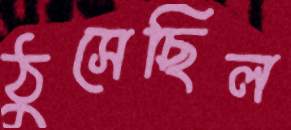
ঠুসেছিল